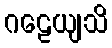
ဂဠေယျသိ